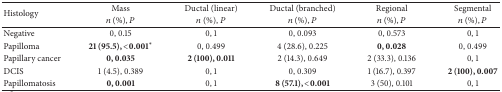
<table><thead><tr><td rowspan="2"><b>Histology</b></td><td><b>Mass</b></td><td><b>Ductal (linear)</b></td><td><b>Ductal (branched)</b></td><td><b>Regional</b></td><td><b> Segmental</b></td></tr><tr><td><b><i>n</i> (%), <i>P</i></b></td><td><b><i>n</i> (%), <i>P</i></b></td><td><b><i>n</i> (%), <i>P</i></b></td><td><b><i>n</i> (%), <i>P</i></b></td><td><b><i>n</i> (%), <i>P</i></b></td></tr></thead><tbody><tr><td>Negative</td><td>0, 0.15</td><td>0, 1</td><td>0, 0.093</td><td>0, 0.573</td><td>0, 1</td></tr><tr><td>Papilloma</td><td><b>21 (95.5), &lt;0.001</b><sup>*</sup></td><td>0, 0.499</td><td>4 (28.6), 0.225</td><td><b>0, 0.028</b></td><td>0, 0.499</td></tr><tr><td>Papillary cancer</td><td><b>0, 0.035</b></td><td><b>2 (100), 0.011</b></td><td>2 (14.3), 0.649</td><td>2 (33.3), 0.136</td><td>0, 1</td></tr><tr><td>DCIS</td><td>1 (4.5), 0.389</td><td>0, 1</td><td>0, 0.309</td><td>1 (16.7), 0.397</td><td><b>2 (100), 0.007</b></td></tr><tr><td>Papillomatosis</td><td><b>0, 0.001</b></td><td>0, 1</td><td><b>8 (57.1), &lt;0.001</b></td><td>3 (50), 0.101</td><td>0, 1</td></tr></tbody></table>